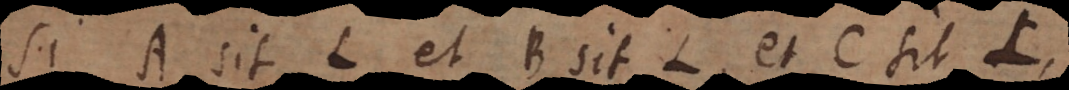
Si A sit L et B sit L, et C sit L